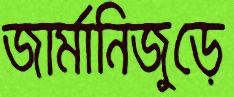
জার্মানিজুড়ে